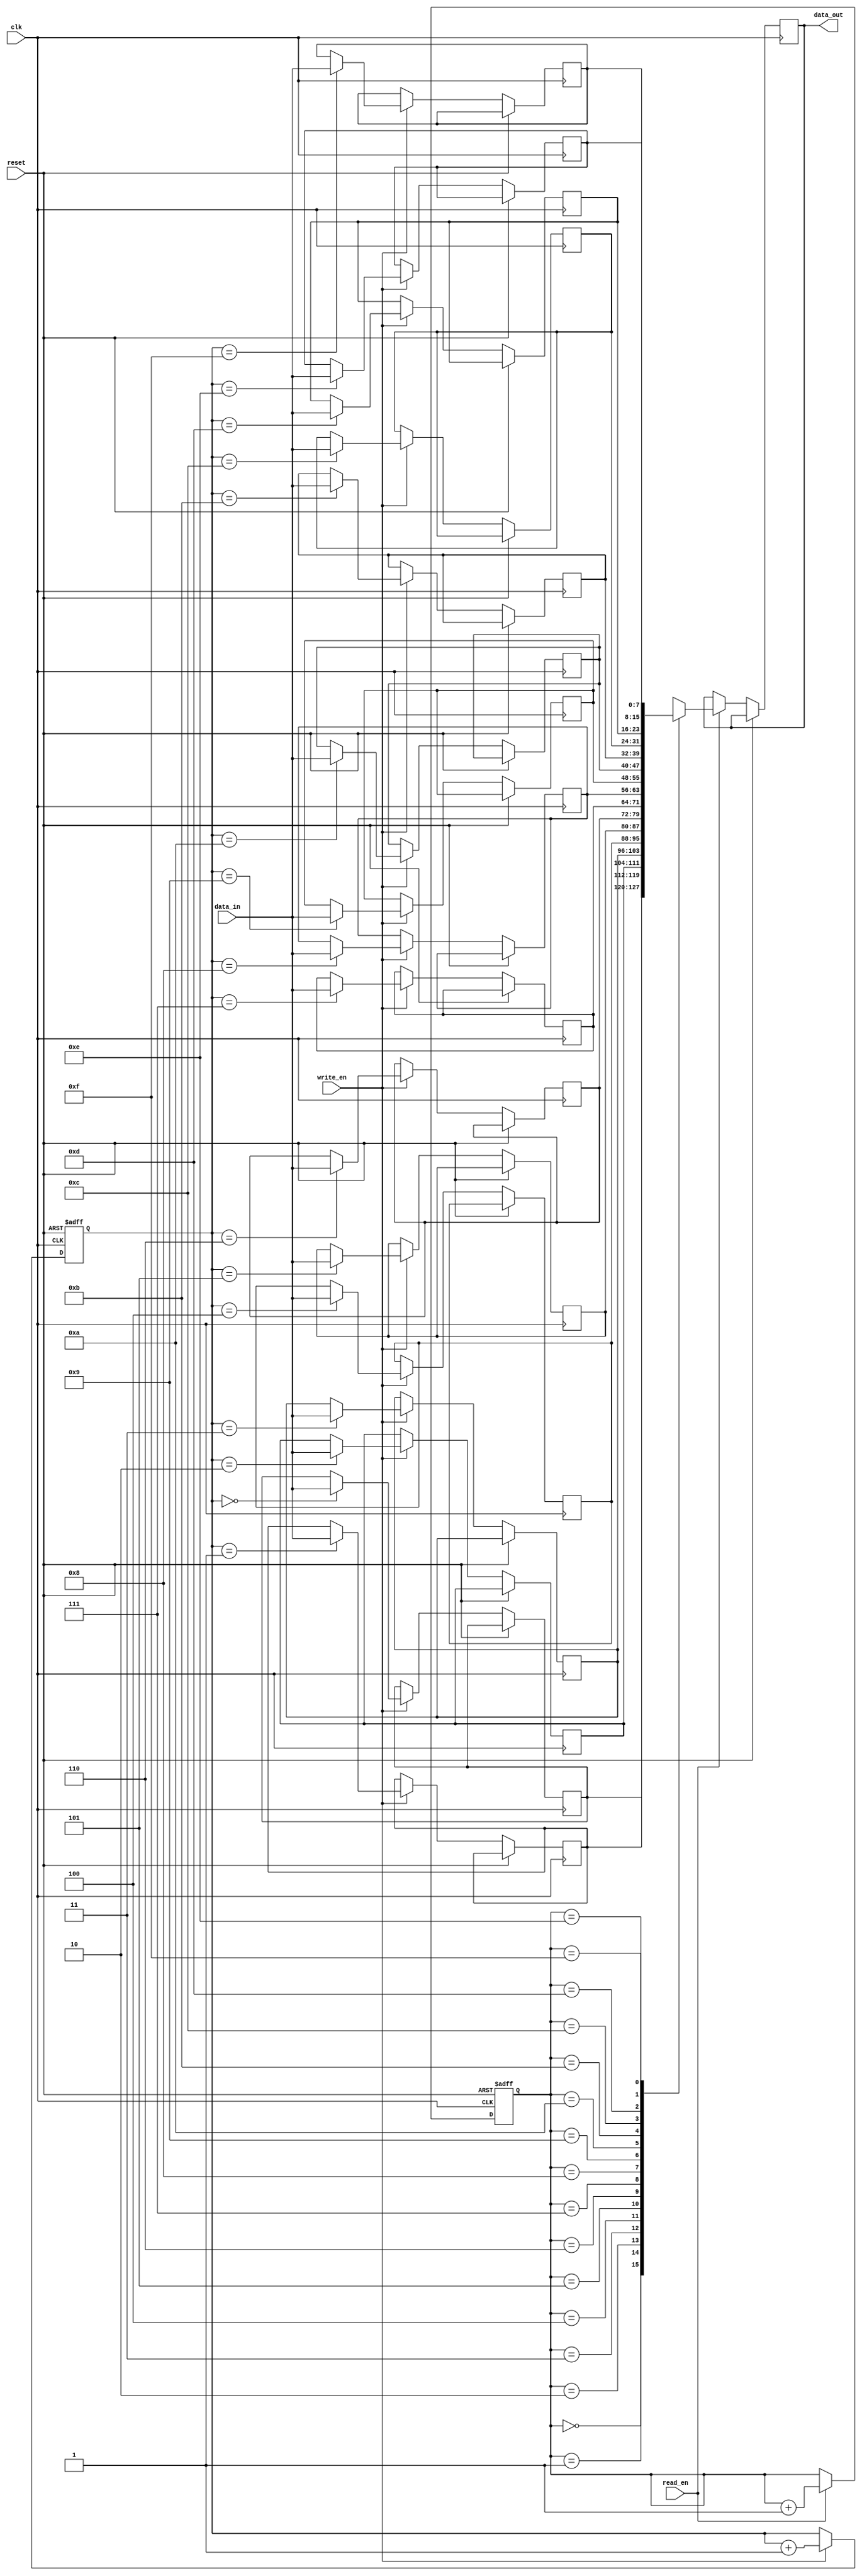
module async_fifo (
    input wire clk,
    input wire reset,
    input wire write_en,
    input wire read_en,
    input wire [7:0] data_in,
    output reg [7:0] data_out
);

parameter DEPTH = 16; // Depth of the FIFO

reg [7:0] memory [0:DEPTH-1];
reg [3:0] write_ptr, read_ptr;

always @ (posedge clk or posedge reset)
begin
    if (reset) begin
        write_ptr <= 0;
        read_ptr <= 0;
    end else begin
        if (write_en) begin
            memory[write_ptr] <= data_in;
            write_ptr <= write_ptr + 1;
        end
        
        if (read_en) begin
            data_out <= memory[read_ptr];
            read_ptr <= read_ptr + 1;
        end
    end
end

endmodule